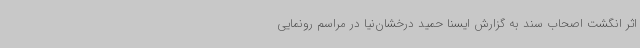
اثر انگشت اصحاب سند به گزارش ایسنا حمید درخشان‌نیا در مراسم رونمایی